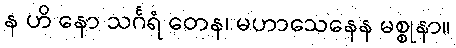
န ဟိ နော သင်္ဂရံ တေန၊ မဟာသေနေန မစ္စုနာ။